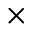
\times